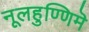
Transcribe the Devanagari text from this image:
नूलहुण्णिमॆ